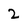
Character: 2